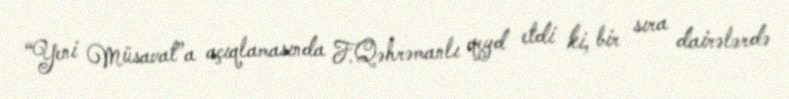
“Yeni Müsavat”a açıqlamasında F.Qəhrəmanlı qeyd etdi ki, bir sıra dairələrdə